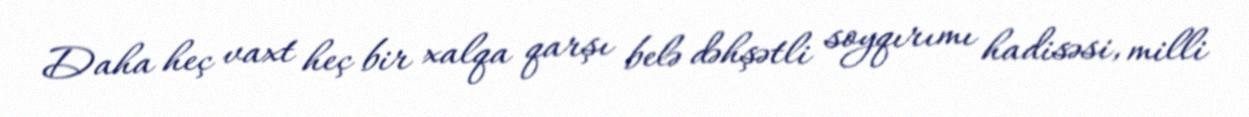
Daha heç vaxt heç bir xalqa qarşı belə dəhşətli soyqırımı hadisəsi, milli